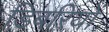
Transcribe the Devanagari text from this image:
डिबरियों